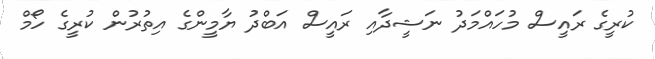
ކުރީގެ ރައީސް މުހައްމަދު ނަޝީދާއި ރައީސް އަބްދު ޔާމީންގެ އިތުރުން ކުރީގެ ހޯމް